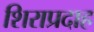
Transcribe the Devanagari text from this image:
शिराप्रदाह